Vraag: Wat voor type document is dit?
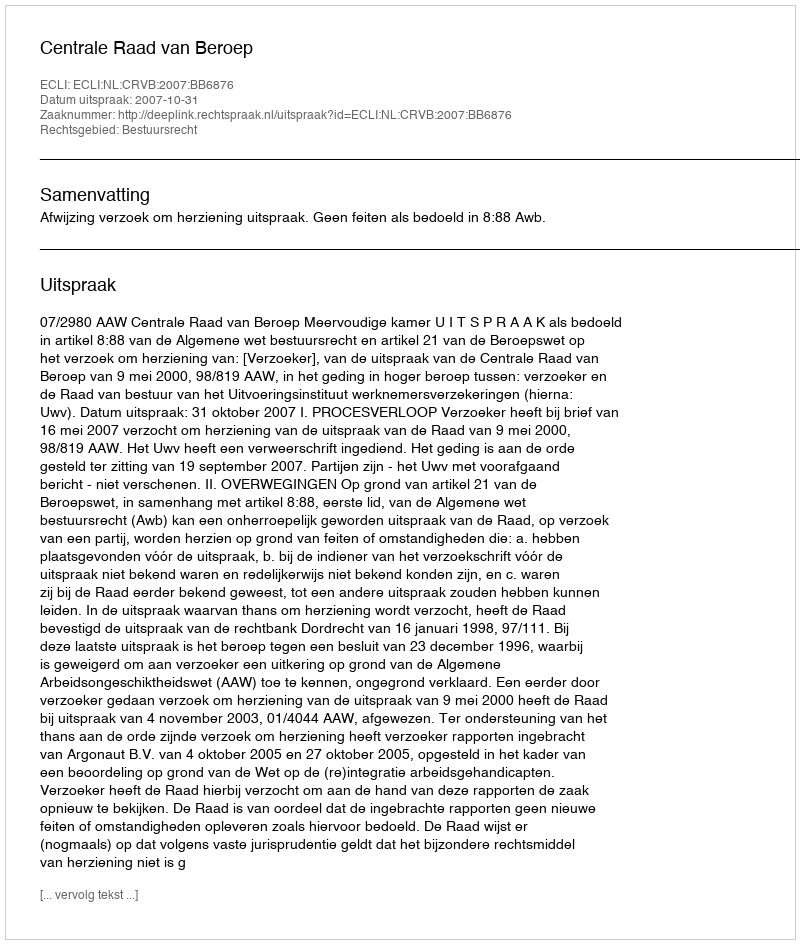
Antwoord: Uitspraak